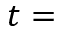
t =